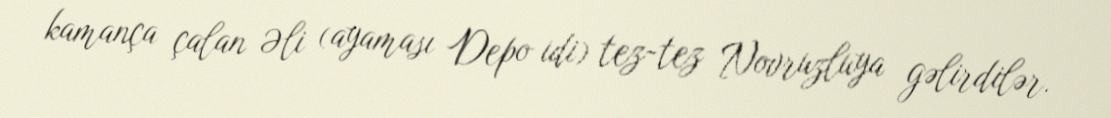
kamança çalan Əli (ayaması Depo idi) tez-tez Novruzluya gəlirdilər.